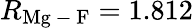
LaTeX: R_{\mathrm{Mg\mathrm{~-~}F}}=1.812